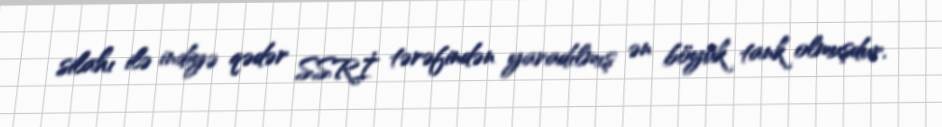
silahı ilə indiyə qədər SSRİ tərəfindən yaradılmış ən böyük tank olmuşdur.